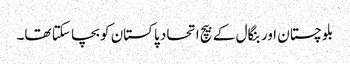
بلوچستان اور بنگال کے بیچ اتحاد پاکستان کو بچا سکتا تھا۔